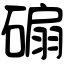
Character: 𥔱